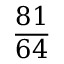
\frac { 8 1 } { 6 4 }